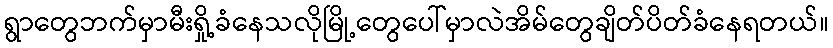
ရွာတွေဘက်မှာမီးရှို့ခံနေသလိုမြို့တွေပေါ်မှာလဲအိမ်တွေချိတ်ပိတ်ခံနေရတယ်။